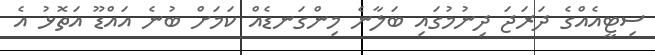
ސިޓީއެއްގެ ދަރަޖަ ދިނުމުގައި ބަލާނެ މިންގަނޑެއް ކަމަށް ބުނެ އައްޑޫ އަތޮޅު އެ